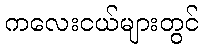
ကလေးငယ်များတွင်